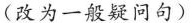
（改为一般疑问句）